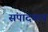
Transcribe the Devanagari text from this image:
संपादकच